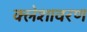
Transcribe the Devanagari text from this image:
क्लेशावरण